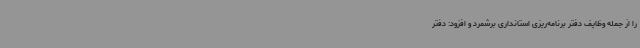
را از جمله وظایف دفتر برنامه‌ریزی استانداری برشمرد و افزود: دفتر